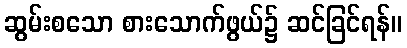
ဆွမ်းစသော စားသောက်ဖွယ်၌ ဆင်ခြင်ရန်။